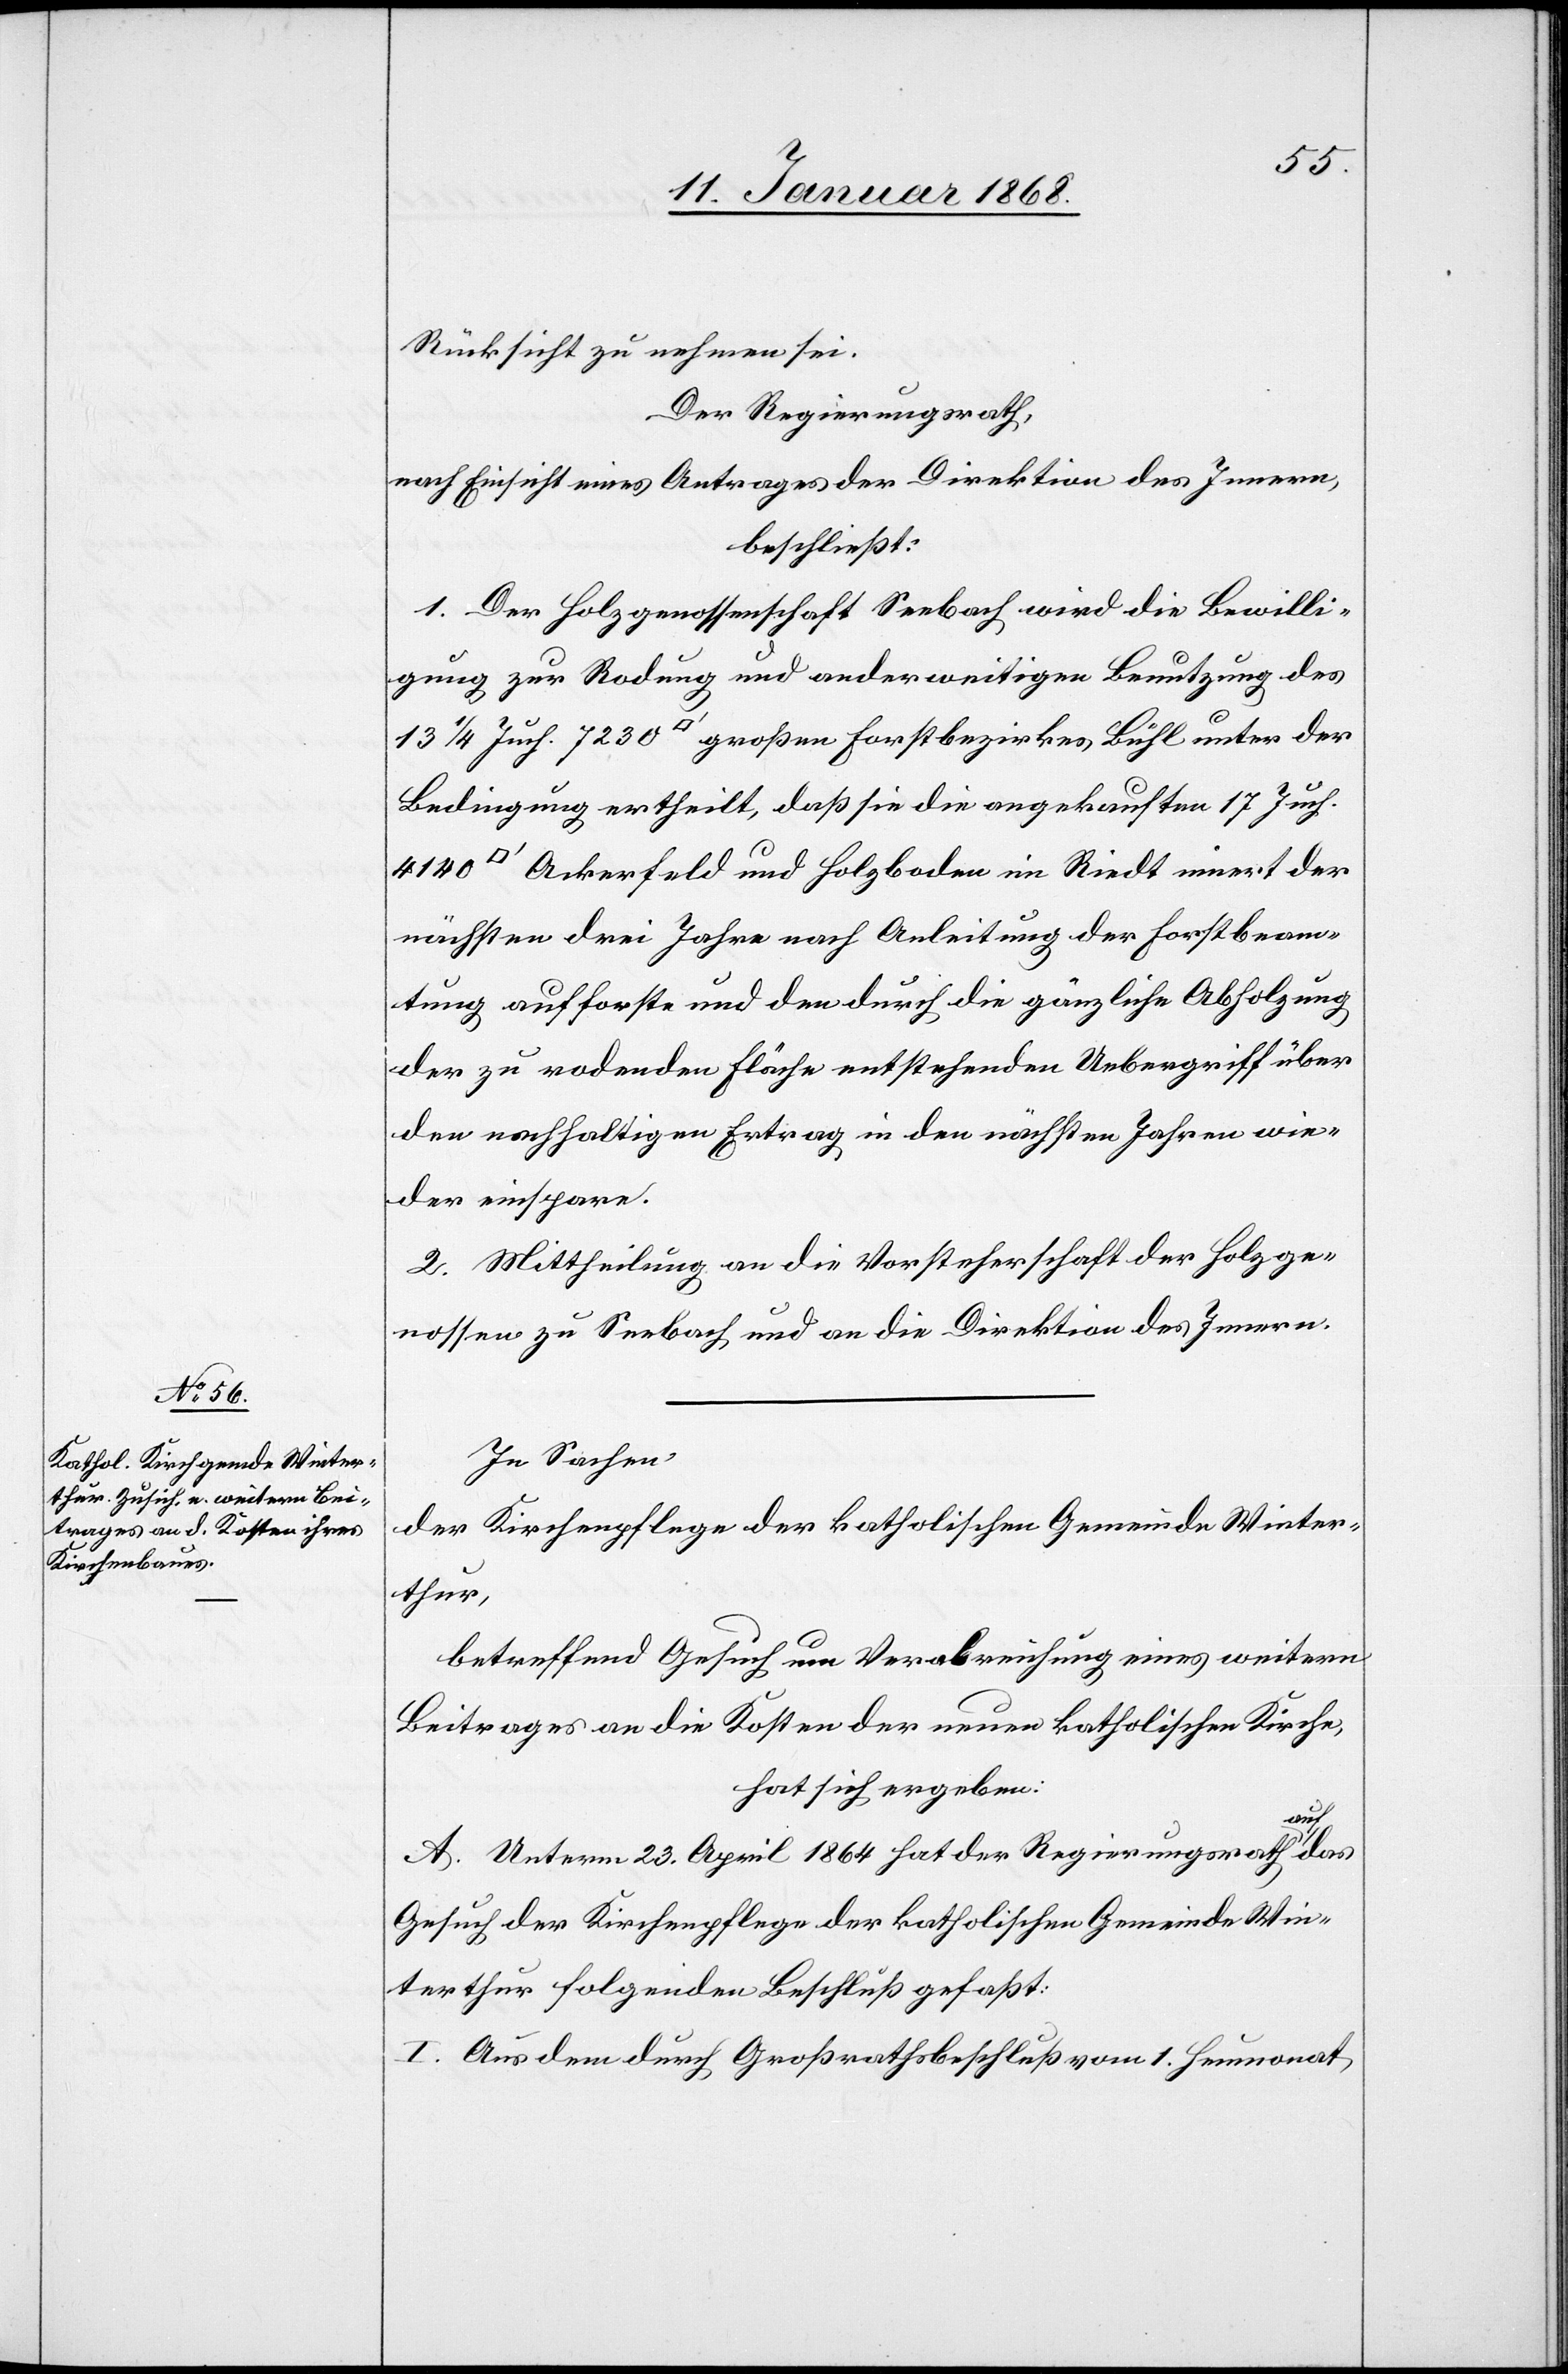
Rücksicht zu nehmen sei.
Der Regierungsrath,
nach Einsicht eines Antrages der Direktion des Innern,
beschließt:
1. Der Holzgenossenschaft Seebach wird die Bewilli¬
gung zur Rodung und anderweitigen Benutzung des
13 1/4 Juch. 7230 [Quadratfuß] großen Forstbezirkes Bühl unter der
Bedingung ertheilt, daß sie die angekauften 17 Juch.
Ackerfeld und Holzboden im Riedt innert der
nächsten drei Jahre nach Anleitung der Forstbeam¬
tung aufforste und den durch die gänzliche Abholzung
der zu rodenden Fläche entstehenden Uebergriff über
den nachhaltigen Ertrag in den nächsten Jahren wie¬
der einspare.
2. Mittheilung an die Vorsteherschaft der Holzge¬
nossen zu Seebach und an die Direktion des Innern.
In Sachen
der Kirchenpflege der katholischen Gemeinde Winter¬
thur,
betreffend Gesuch um Verabreichung eines weitern
Beitrages an die Kosten der neuen katholischen Kirche,
hat sich ergeben:
A. Unterm 23. April 1864 hat der Regierungsrath auf
Gesuch der Kirchenpflege der katholischen Gemeinde Win¬
terthur folgenden Beschluß gefaßt:
I. Aus dem durch Großrathsbeschluß vom 1. Heumonat